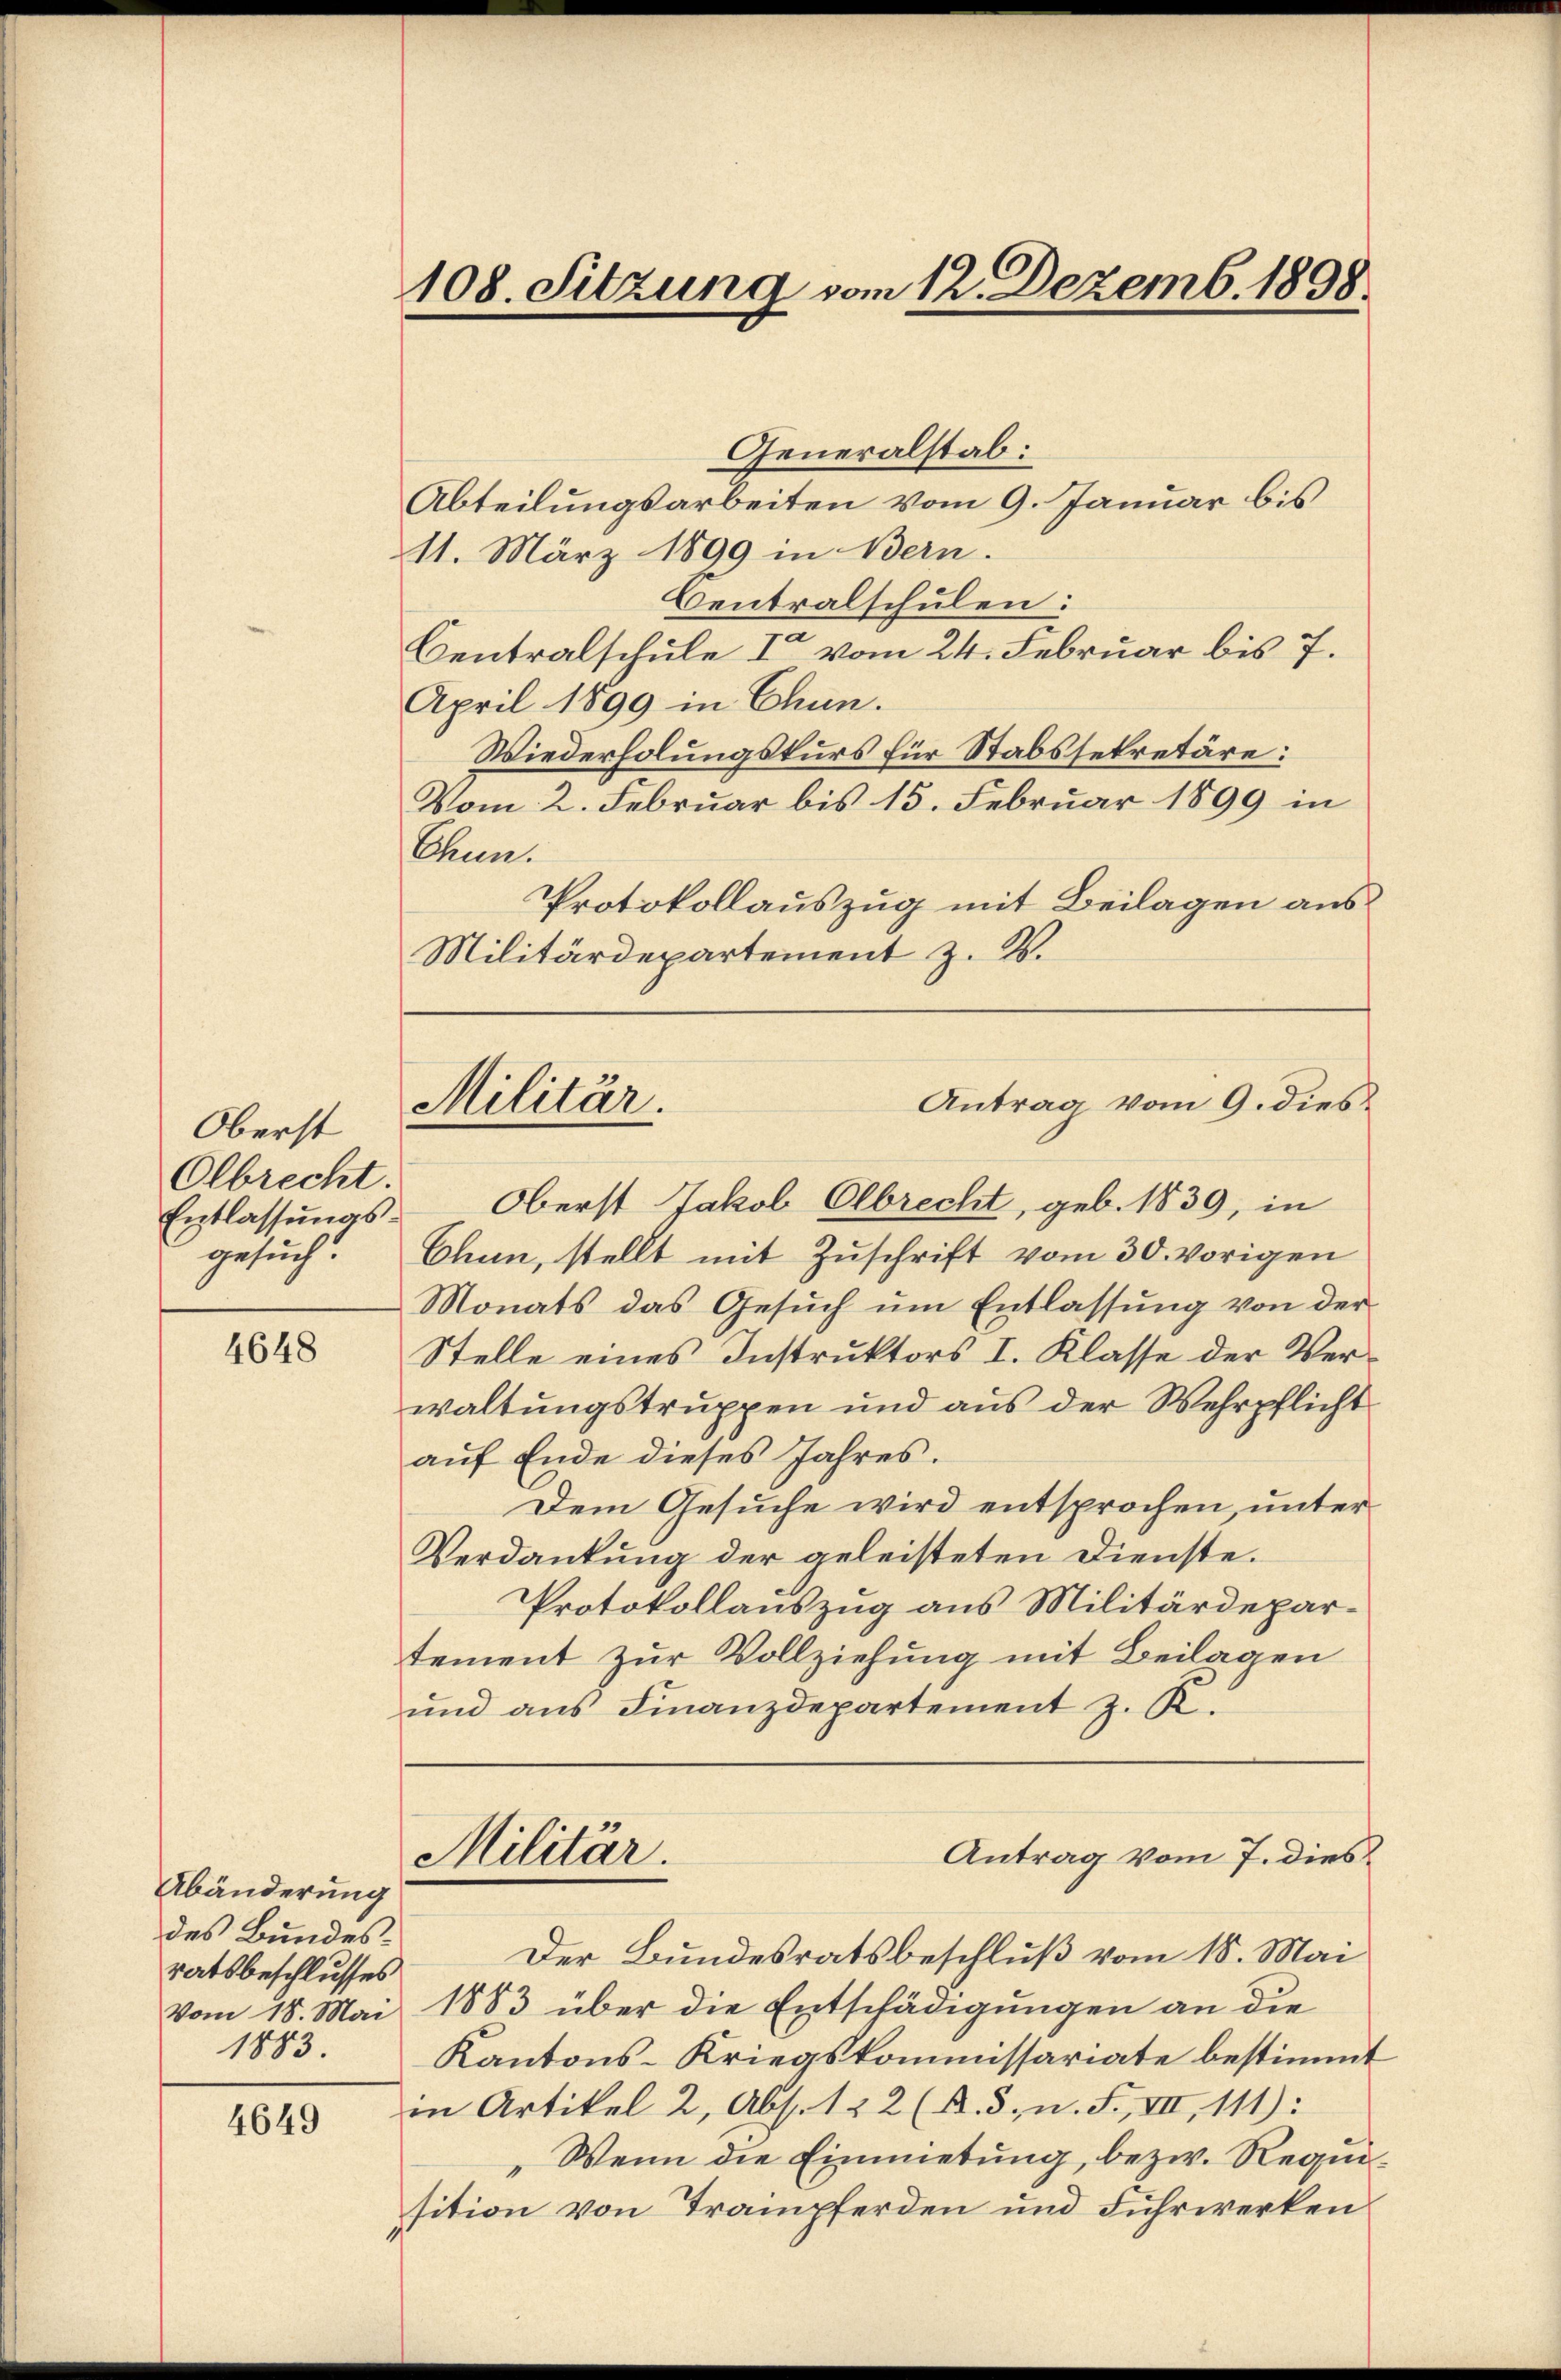
Oberst
Olbrecht.
gesuch.

4648

Abänderung
des Bundesratsbeschlusses
1883.

4649

108. Sitzung vom 12. Dezemb. 1898.

Generalstab:
Abteilungsarbeiten vom 9. Januar bis
11. März 1899 in Bern.
Centralschulen:
Centralschule I vom 24. Februar bis 7.
April 1899 in Chun.
Wiederholungskurs für Stabssekretäre:
Vom 2. Februar bis 15. Februar 1899 in
Chun.
Protokollauszug mit Beilagen aus¬
Militärdepartement z. B.
Entlassungs-Oberst Jakob Olbrecht, geb. 1839, in
Chun, stellt mit Zuschrift vom 30. vorigen
Monats das Gesŭch ŭm Entlassŭng von der
Stelle eines Instruktors I. Klasse der Verwaltungstruppen und aus der Wehrpflicht
auf Ende dieses Jahres.
Dem Gesuche wird entsprochen, unter
Verdankung der geleisteten Dienste.
Protokollauszug aus Militärdepartement zur Vollziehung mit Beilagen
und aus Finanzdepartement z. K.
Antrag vom 7. dies
Militär.
Der Bundesratsbeschluß vom 18. Mai
vom 18. Mai 1883 über die Entschädigungen an die
Kantons-Kriegskommissariate bestimmt
in Artikel 2, Abs. 122 (A. 3. n. F. VII, 111):
"Wenn die Einmietung, bezw. Requisition von Trainpferden und Fuhrwerken

Militär.

Antrag vom 9. dies